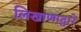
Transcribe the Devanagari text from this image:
लिखाणाद्वारे